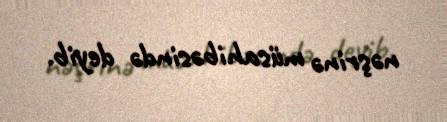
nəşrinə müsahibəsində deyib.